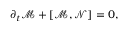
\begin{array} { r } { \partial _ { t } \mathcal { M } + \left[ \mathcal { M } , \mathcal { N } \right] = 0 , } \end{array}